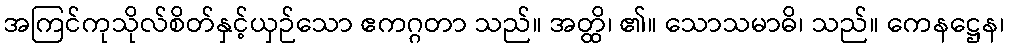
အကြင်ကုသိုလ်စိတ်နှင့်ယှဉ်သော ဧကဂ္ဂတာ သည်။ အတ္ထိ၊ ၏။ သောသမာဓိ၊ သည်။ ကေနဋ္ဌေန၊